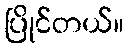
ပြိုင်တယ်။